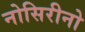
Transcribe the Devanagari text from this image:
नोसिरीनो